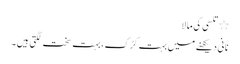
٭ تلسی کی مالا
نانی دیکھنے میں بہت کڑک ، بہت سخت لگتی ہیں ۔